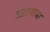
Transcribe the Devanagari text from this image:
आठवावा